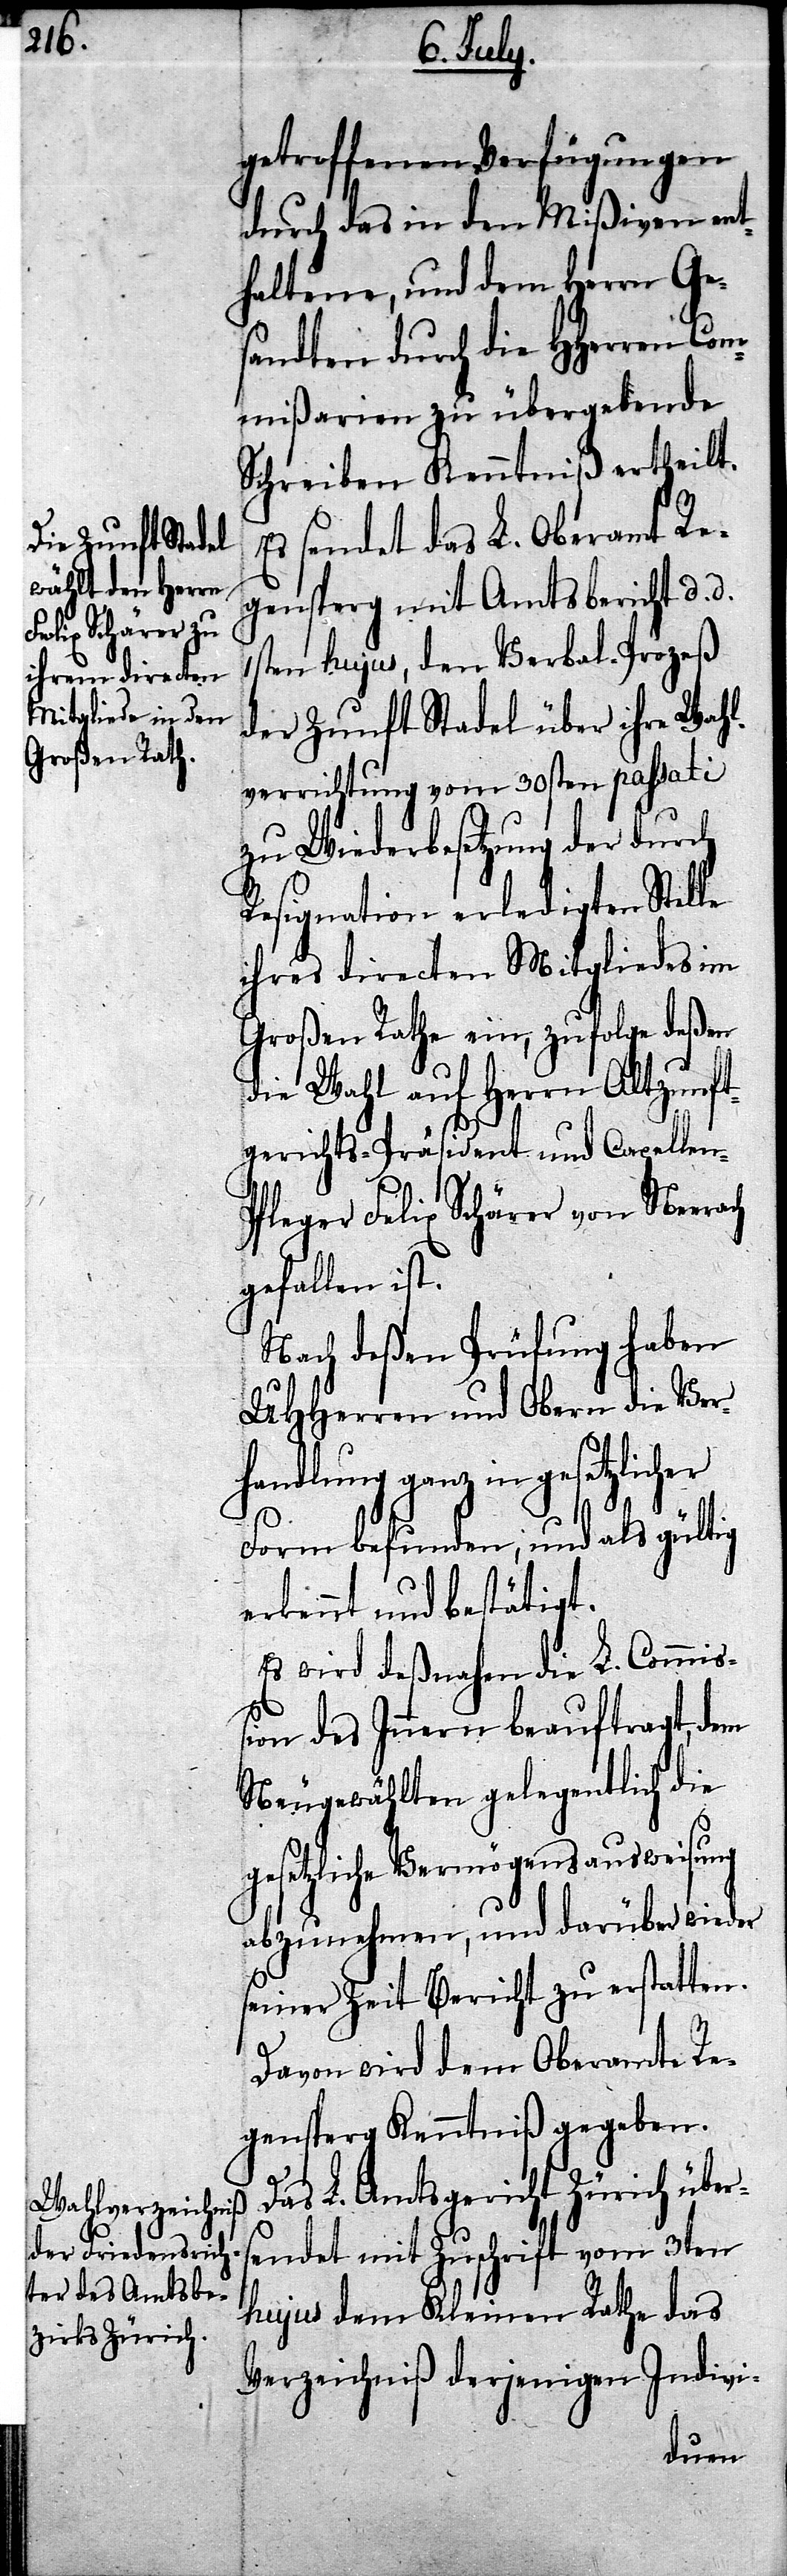
auf den Herrn

Altzunft¬
getroffenen Verfügungen
durch das in dem Mißiven ent¬
haltene, und dem Herrn Ge¬
sandten durch die HHerren Com¬
mißarien zu übergebende
Schreiben Kenntniß ertheilt.
Es sendet das L. Oberamt Re¬
gensperg mit Amtsbericht d. d.
1sten hujus, den Verbal-Prozeß
der Zunft Stadel über ihre Wahl¬
verrichtung vom 30sten passati
zu Wiederbesetzung der durch
Resignation erledigten Stelle
ihres directen Mitgliedes im
Großen Rathe ein, zufolge deßen
gerichts-Präsident und Capellen-P¬
fleger Felix Schärer von Neerach
gefallen ist.
Nach deßen Prüfung haben
UHHerren und Obern die Ver¬
handlung ganz in gesetzlicher
Form befunden, und als gültig
erkennt und bestätigt.
Es wird deßnahen die L. Commiß¬
ion des Innern beauftragt, dem
Neugewählten gelegentlich die
gesetzliche Vermögensausweisung
abzunehmen, und darüber wieder
seiner Zeit Bericht zu erstatten.
Davon wird dem Oberamte Re¬
gensperg Kenntniß gegeben.
Das L. Amtsgericht Zürich über¬
sendet mit Zuschrift vom 3ten
hujus dem Kleinen Rathe das
Verzeichniß derjenigen Indivi-
die